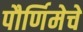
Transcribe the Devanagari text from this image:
पौर्णिमेचे